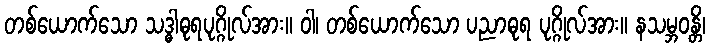
တစ်ယောက်သော သဒ္ဓါဓုရပုဂ္ဂိုလ်အား။ ဝါ၊ တစ်ယောက်သော ပညာဓုရ ပုဂ္ဂိုလ်အား။ နသမ္ဘဝန္တိ၊